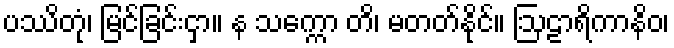
ပဿိတုံ၊ မြင်ခြင်းငှာ။ န သက္ကော တိ၊ မတတ်နိုင်။ ဩဠာရိကာနိဝ၊